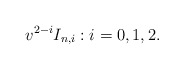
\begin{align*} v^{2-i}I_{n,i}:i=0,1,2.\end{align*}